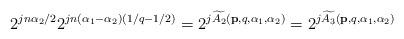
LaTeX: \begin{align*} 2^{jn\alpha_2/2}2^{jn(\alpha_1-\alpha_2)(1/q-1/2)}=2^{j\widetilde{A_2}(\mathbf{p},q,\alpha_1,\alpha_2)}=2^{j\widetilde{A_3}(\mathbf{p},q,\alpha_1,\alpha_2)}\end{align*}